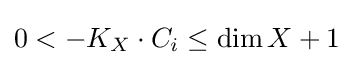
0<-K_{X}\cdot C_{i}\leq \operatorname {dim} X+1